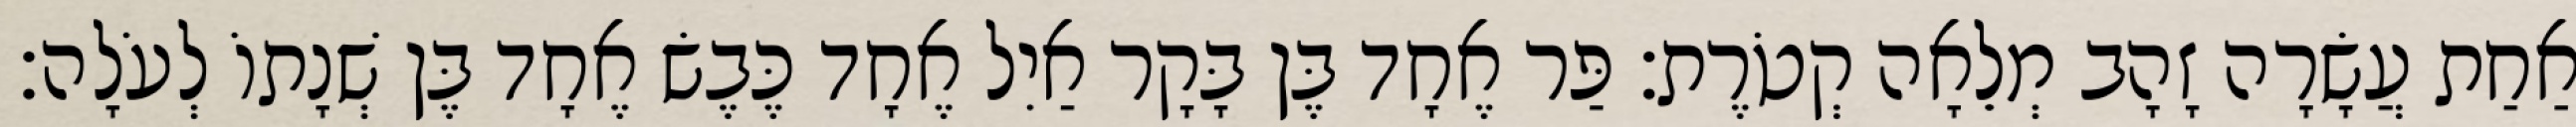
אַחַת עֲשָׂרָה זָהָב מְלֵאָה קְטֹרֶת׃ פַּר אֶחָד בֶּן בָּקָר אַיִל אֶחָד כֶּבֶשׂ אֶחָד בֶּן שְׁנָתוֹ לְעֹלָה׃